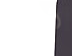
أجرح